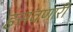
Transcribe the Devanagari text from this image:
हसवणारी